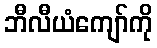
ဘီလီယံကျော်ကို